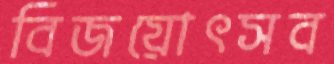
বিজয়োৎসব